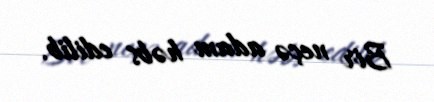
Bir neçə adam həbs edilib.